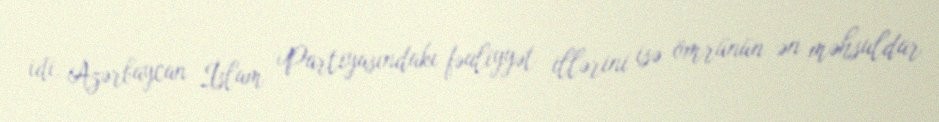
idi. Azərbaycan İslam Partiyasındakı fəaliyyət illərini isə ömrünün ən məhsuldar